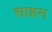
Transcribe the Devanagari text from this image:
साहन